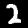
Digit: 2